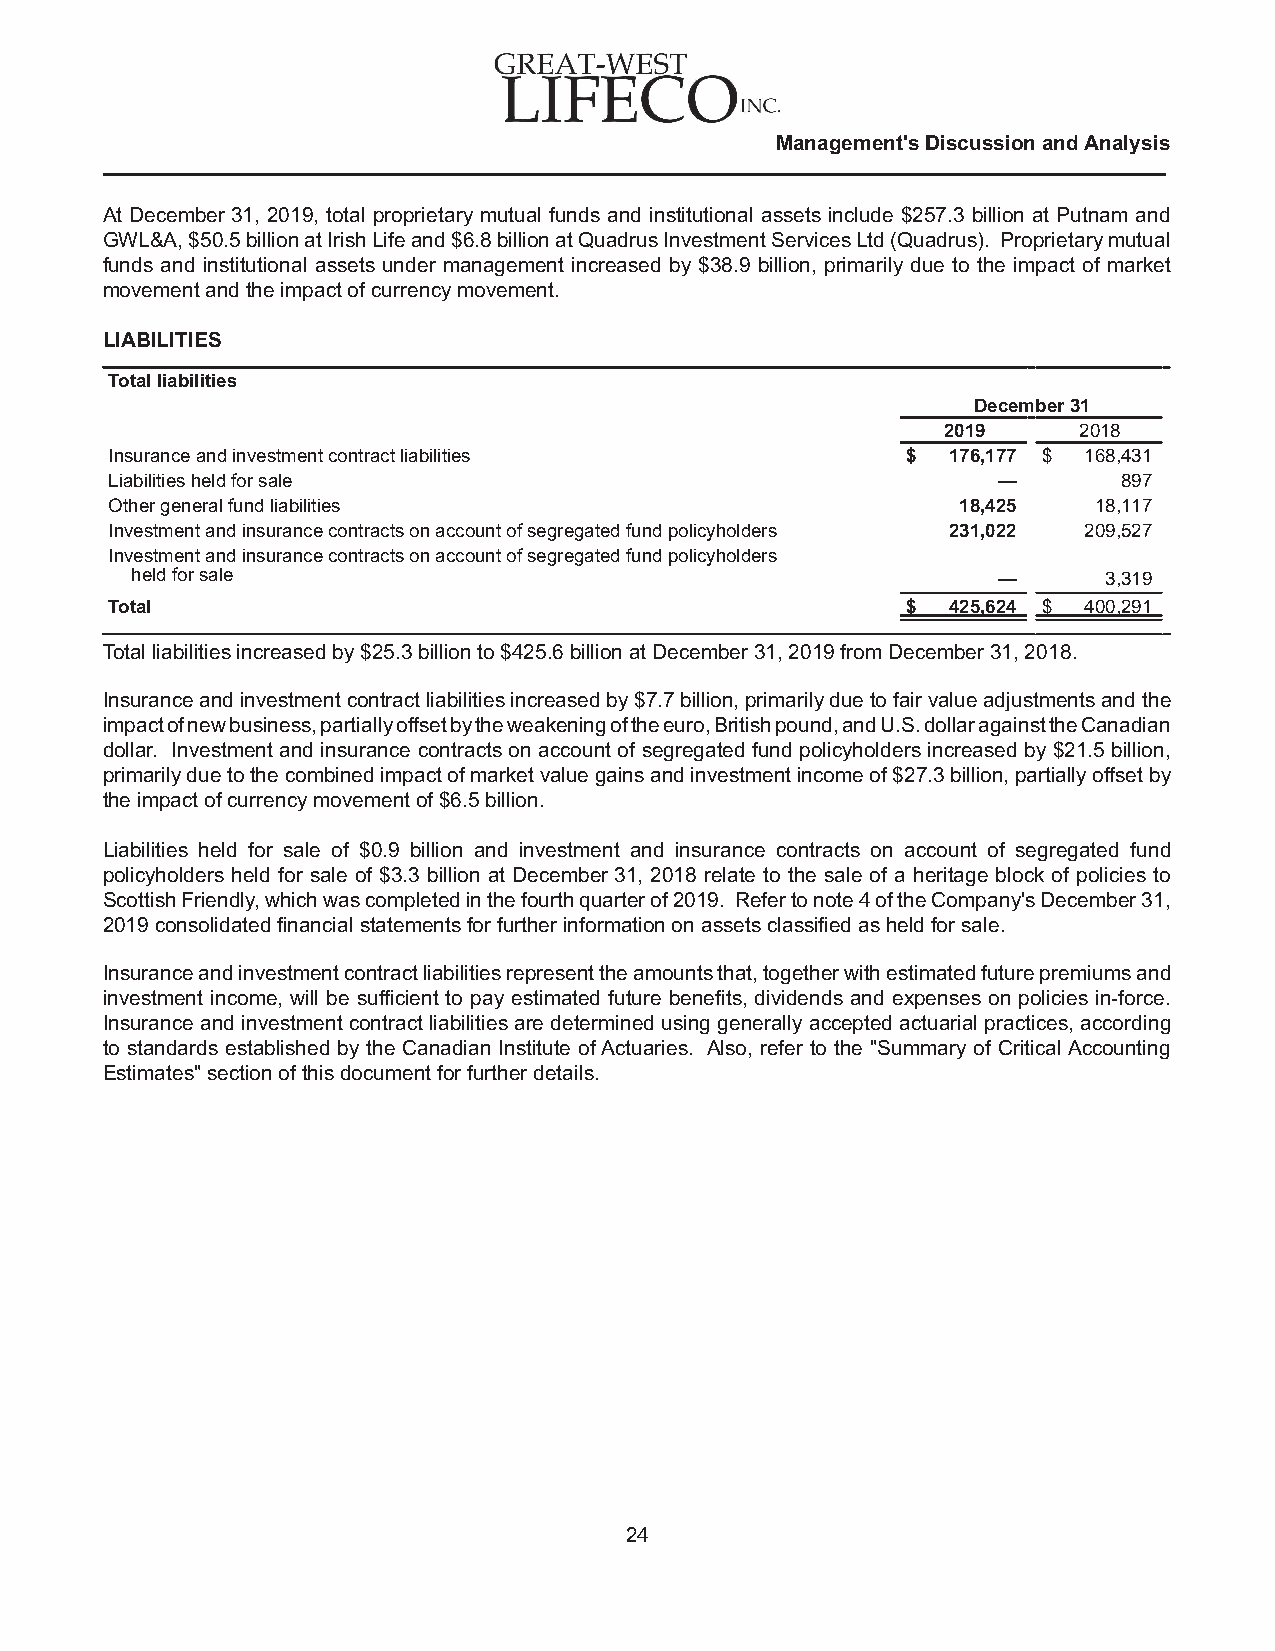
Management's Discussion and Analysis
 At December 31, 2019, total proprietary mutual funds and institutional assets include $257.3 billion at Putnam and
 GWL&A, $50.5 billion at Irish Life and $6.8 billion at Quadrus Investment Services Ltd (Quadrus). Proprietary mutual
 funds and institutional assets under management increased by $38.9 billion, primarily due to the impact of market
 movement and the impact of currency movement.
 LIABILITIES
 Total liabilities
 December 31
 2019     2018
 Insurance and investment contract liabilities        $  176,177 $ 168,431
 Liabilities held for sale                                  —       897
 Other general fund liabilities                           18,425  18,117
 Investment and insurance contracts on account of segregated fund policyholders 231,022 209,527
 Investment and insurance contracts on account of segregated fund policyholders
 held for sale                                            —      3,319
 Total                                                $  425,624 $ 400,291
 Total liabilities increased by $25.3 billion to $425.6 billion at December 31, 2019 from December 31, 2018.
 Insurance and investment contract liabilities increased by $7.7 billion, primarily due to fair value adjustments and the
 impact of new business, partially offset by the weakening of the euro, British pound, and U.S. dollar against the Canadian
 dollar. Investment and insurance contracts on account of segregated fund policyholders increased by $21.5 billion,
 primarily due to the combined impact of market value gains and investment income of $27.3 billion, partially offset by
 the impact of currency movement of $6.5 billion.
 Liabilities held for sale of $0.9 billion and investment and insurance contracts on account of segregated fund
 policyholders held for sale of $3.3 billion at December 31, 2018 relate to the sale of a heritage block of policies to
 Scottish Friendly, which was completed in the fourth quarter of 2019. Refer to note 4 of the Company's December 31,
 2019 consolidated financial statements for further information on assets classified as held for sale.
 Insurance and investment contract liabilities represent the amounts that, together with estimated future premiums and
 investment income, will be sufficient to pay estimated future benefits, dividends and expenses on policies in-force.
 Insurance and investment contract liabilities are determined using generally accepted actuarial practices, according
 to standards established by the Canadian Institute of Actuaries. Also, refer to the "Summary of Critical Accounting
 Estimates" section of this document for further details.
 24